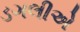
ડગલીએ